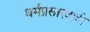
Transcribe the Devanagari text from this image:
धर्मप्रसारवादी